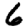
Digit: 6